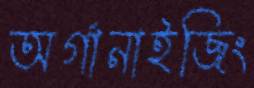
অর্গানাইজিং